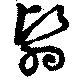
翳